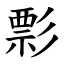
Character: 彯